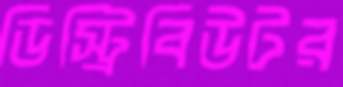
ডিস্ট্রিবিউটর